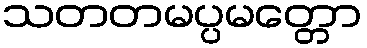
သတတမပ္ပမတ္တော